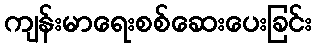
ကျန်းမာရေးစစ်ဆေးပေးခြင်း